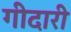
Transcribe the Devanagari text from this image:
गीदारी